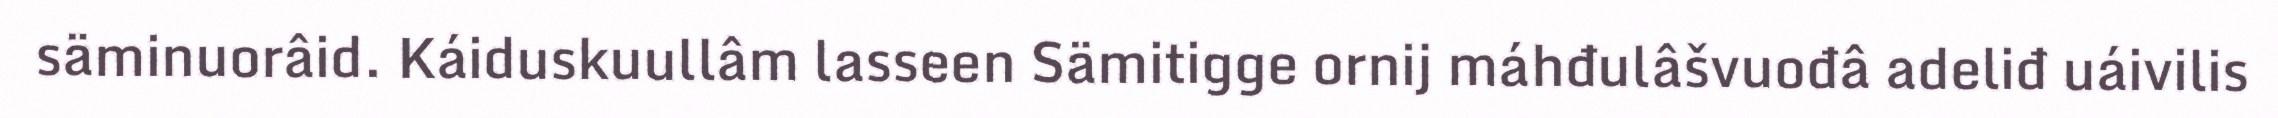
säminuorâid. Káiduskuullâm lasseen Sämitigge ornij máhđulâšvuođâ adeliđ uáivilis